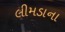
લીમડાના